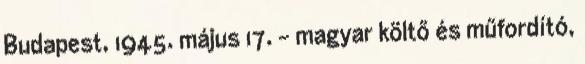
Budapest, 1945. május 17. - magyar költő és műfordító,